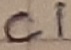
Text: C1